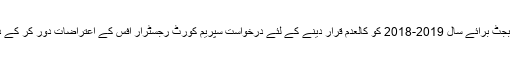
26 مئی2018ء) فاقی بجٹ برائے سال 2019-2018 کو کالعدم قرار دینے کے لئے درخواست سپریم کورٹ رجسٹرار آفس کے اعتراضات دور کر کے دوبارہ دائر کر دی گئی۔